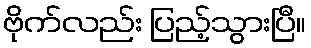
ဗိုက်လည်း ပြည့်သွားပြီ။